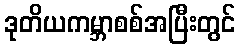
ဒုတိယကမ္ဘာစစ်အပြီးတွင်